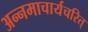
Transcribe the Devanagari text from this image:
अन्नमाचार्यचरित्